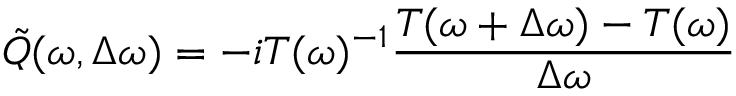
\tilde { Q } ( \omega , \Delta \omega ) = - i T ( \omega ) ^ { - 1 } \frac { T ( \omega + \Delta \omega ) - T ( \omega ) } { \Delta \omega }